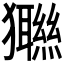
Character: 𤣆